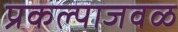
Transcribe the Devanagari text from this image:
प्रकल्पाजवळ